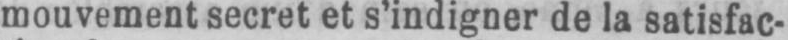
mouvement secret et s’indigner de la satisfac-